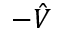
- \hat { V }